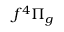
f ^ { 4 } \Pi _ { g }